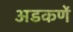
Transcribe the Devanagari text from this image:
अडकणें